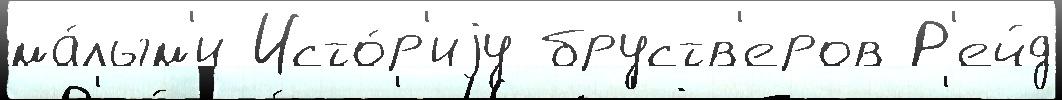
ма́лым'и Исто́р'иjу бруств'еров Р'ейд